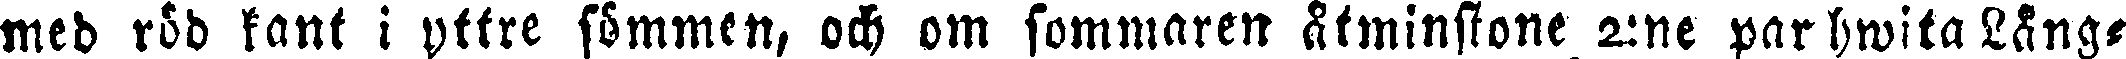
med röd kant i yttre sömmen, och om sommaren åtminstone 2:ne par hwita Lång-